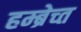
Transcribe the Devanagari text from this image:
हम्ब्रेच्त